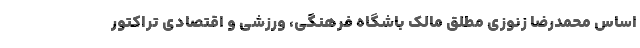
اساس محمدرضا زنوزی مطلق مالک باشگاه فرهنگی، ورزشی و اقتصادی تراکتور